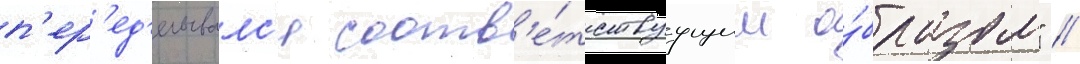
п'ер'ед'елывалс'я соотв'е́тствуущим о́бразом" //